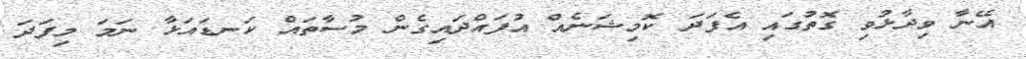
އޭނާ ވިދާޅުވި ގޮތުގައި އެފަދަ ކޮމިޝަނެއް އުފައްދައިގެން މުސާތައް ކަނޑައަޅާ ނަމަ މިފަދަ